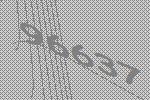
96637